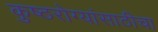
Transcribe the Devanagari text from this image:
कुष्ठरोग्यांसाठीचा